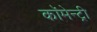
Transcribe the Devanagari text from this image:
कॉमेन्ट्री